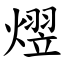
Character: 熤